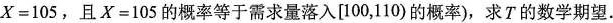
$$X=105$$，且$$X=105$$的概率等于需求量落入[100，110)的概率)，求T的数学期望。